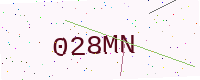
Text: 028MN